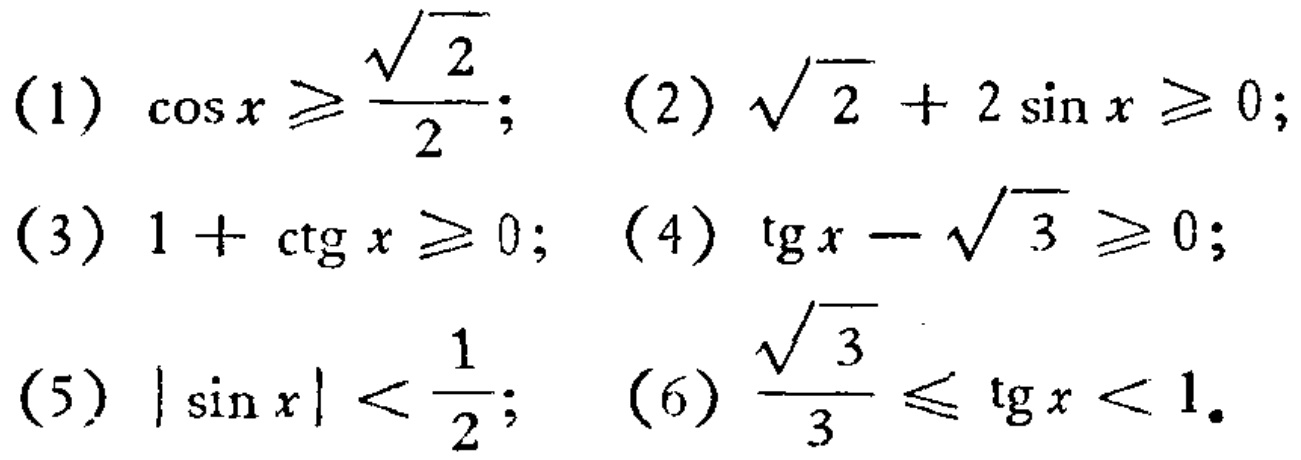
(1) \(\cos x \geqslant \frac{\sqrt{2}}{2}\); (2) \(\sqrt{2} + 2\sin x \geqslant 0\);
(3) \(1 + \operatorname{ctg} x \geqslant 0\); (4) \(\operatorname{tg} x - \sqrt{3} \geqslant 0\);
(5) \(|\sin x| < \frac{1}{2}\); (6) \(\frac{\sqrt{3}}{3} \leqslant \operatorname{tg} x < 1\).